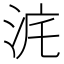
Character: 𣳥